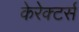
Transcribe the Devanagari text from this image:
केरेक्टर्स